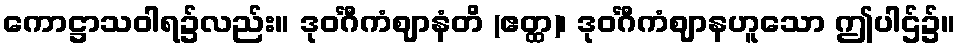
ကောဋ္ဌာသဝါရ၌လည်း။ ဒုဝင်္ဂီကံဈာနံတိ (ဧတ္ထ)၊ ဒုဝင်္ဂီကံဈာနဟူသော ဤပါဌ်၌။